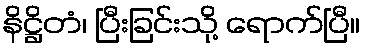
နိဋ္ဌိတံ၊ ပြီးခြင်းသို့ ရောက်ပြီ။